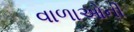
વાળાઓની